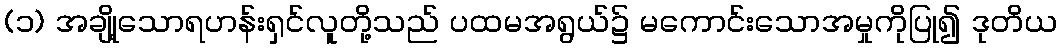
(၁) အချို့သောရဟန်းရှင်လူတို့သည် ပထမအရွယ်၌ မကောင်းသောအမှုကိုပြု၍ ဒုတိယ